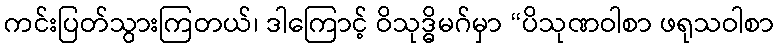
ကင်းပြတ်သွားကြတယ်၊ ဒါကြောင့် ဝိသုဒ္ဓိမဂ်မှာ “ပိသုဏဝါစာ ဖရုသဝါစာ